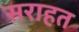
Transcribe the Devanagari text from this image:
सराहत